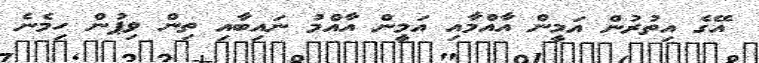
އޭގެ އިތުރުން އަމީން އާއްމާއި އަމީން އާއްމު ނައިބާއި ތިން ވިޕުން ހިމެނެ